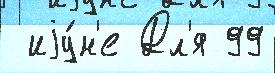
 иjу́н'е Дл'я 99